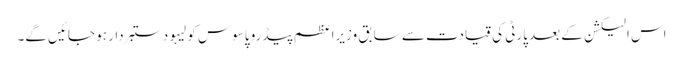
اس الیکشن کے بعد پارٹی کی قیادت سے سابق وزیراعظم پیڈرو پاسوس کولیہو دستبردار ہو جائیں گے۔